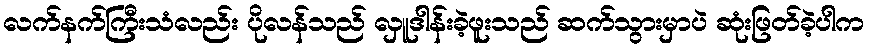
လက်နက်ကြီးသံလည်း ပိုလန်သည် လှူဒါန်းခဲ့ဖူးသည် ဆက်သွားမှာပဲ ဆုံးဖြတ်ခဲ့ပါက